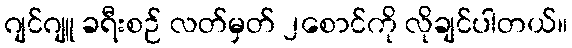
ဂျင်ဂျူ ခရီးစဉ် လတ်မှတ် ၂စောင်ကို လိုချင်ပါတယ်။